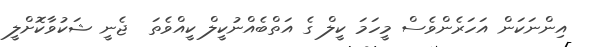
އިންނަކަން އަހަރެންވެސް މީހަމަ ކީލް ގެ އަތްބެއްނުކީލް ކީއްވެތަ  ޖެނީ ޝަކުވާކޮށްލީ